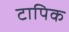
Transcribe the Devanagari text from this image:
टापिक